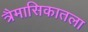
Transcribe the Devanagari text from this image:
त्रैमासिकातला